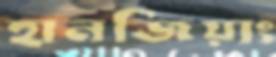
হানজিয়াং